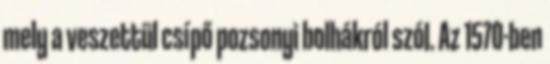
mely a veszettül csípő pozsonyi bolhákról szól. Az 1570-ben